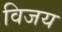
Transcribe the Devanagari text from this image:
विजय